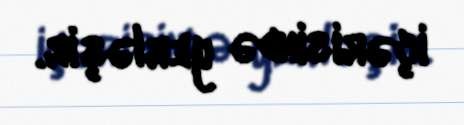
içərisində yerləşir.